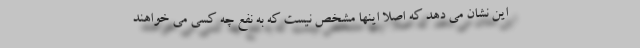
این نشان می دهد که اصلا اینها مشخص نیست که به نفع چه کسی می خواهند